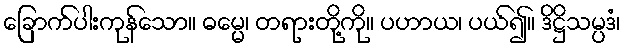
ခြောက်ပါးကုန်သော။ ဓမ္မေ၊ တရားတို့ကို။ ပဟာယ၊ ပယ်၍။ ဒိဋ္ဌိသမ္ပဒံ၊